Vaccination in Bombay 1902-1912 - 1902-1912
Year: 1902
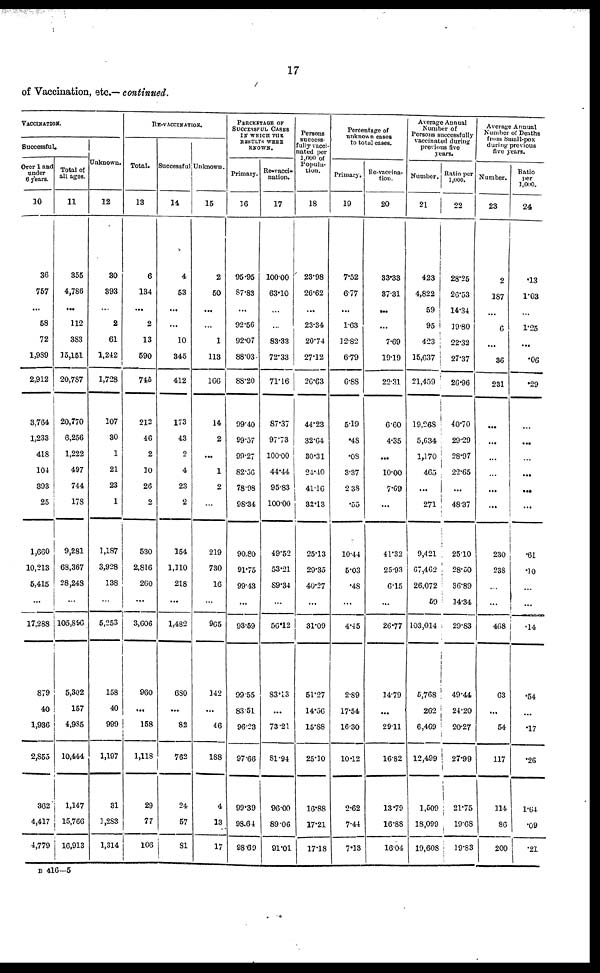
17
of Vaccination, etc.— continued.
VACCINATION.
Successful.
Over 1 and
under
6 years.
10
36
757
...
58
72
1,989
2,912
3,764
1,233
418
104
393
25
1,660
10,213
5,415
...
17,288
879
40
1,936
2,855
362
4,417
4,779
Total of
all ages.
11
355
4,786
...
112
383
15,151
20,787
20,770
6,256
1,222
497
744
178
9,281
68,367
28,248
...
105,896
5,302
157
4,985
10,444
1,147
15,766
16,913
Unknown.
12
30
393
...
2
61
1,242
1,728
107
30
1
21
23
1
1,187
3,928
138
...
5,253
158
40
999
1,197
31
1,283
1,314
RE-VACCINATION.
Total.
13
6
134
...
2
13
590
745
212
46
2
10
26
2
530
2,816
260
...
3,606
960
...
158
1,118
29
77
106
Successful
14
4
53
...
...
10
345
412
173
43
2
4
23
2
154
1,110
218
...
1,482
680
...
82
762
24
57
81
Unknown.
15
2
50
...
...
1
113
166
14
2
...
1
2
...
219
730
16
...
965
142
...
46
188
4
13
17
PERCENTAGE OF
SUCCESSFUL CASES
IN WHICH THE
RESULTS WERE
KNOWN.
Primary.
16
95.95
87.83
...
92.56
92.07
88.03
88.20
99.40
99.57
99.27
82.56
78.98
98.34
90.80
91.75
99.43
...
93.59
99.55
83.51
96.23
97.66
99.39
98.64
98.69
Re-vacci-
nation.
17
100.00
63.10
...
...
83.33
72.33
71.16
87.37
97.73
100.00
44.44
95.83
100.00
49.52
53.21
89.34
...
56.12
83.13
...
73.21
81.94
96.00
89.06
91.01
Persons
success-
fully vacci-
nated per
1,000 of
Popula-
tion.
18
23.98
26.62
...
23.34
20.74
27.12
26.63
44.23
32.64
30.31
24.40
41.16
32.13
25.13
29.35
40.27
...
31.09
51.27
14.56
15.88
25.10
16.88
17.21
17.18
Percentage of
unknown cases
to total cases.
Primary.
19
7.52
6.77
...
1.63
12.82
6.79
6.88
5.19
.48
.08
3.37
2.38
.55
10.44
5.03
.48
...
4.45
2.89
17.54
16.30
10.12
2.62
7.44
7.13
Re-vaccina-
tion.
20
33.33
37.31
...
...
7.69
19.19
22.31
6.60
4.35
...
10.00
7.69
...
41.32
25.93
6.15
...
26.77
14.79
...
29.11
16.82
13.79
16.88
16.04
Average Annual
Number of
Persons successfully
vaccinated during
previous five
years.
Number.
21
423
4,822
59
95
423
15,637
21,459
19,268
5,634
1,170
465
...
271
9,421
67,462
26,072
59
103,014
5,768
262
6,469
12,499
1,509
18,099
19,608
Ratio per
1,000.
22
28.25
26.53
14.34
19.80
22.32
27.37
26.96
40.70
29.29
28.97
22.65
...
48.37
25.10
28.60
36.89
14.34
29.83
49.44
24.20
20.27
27.99
21.75
19.68
19.83
Average Annual
Number of Deaths
from Small-pox
during previous
five years.
Number.
23
2
187
...
6
...
36
231
...
...
...
...
...
...
230
238
...
...
468
63
...
54
117
114
86
200
Ratio
per
1,000.
24
.13
1.03
...
1.25
...
.06
.29
...
...
...
...
...
...
.61
.10
...
...
.14
.54
...
.17
.26
1.64
.09
.21
B 416—5